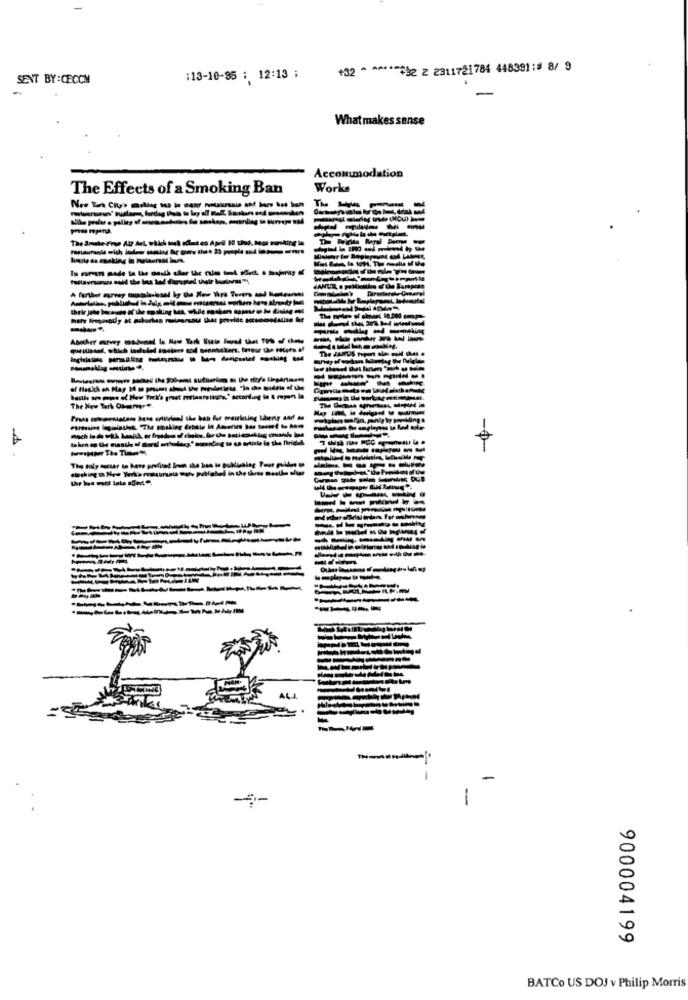
+32 ^ ^ ****** 2 2 2311721784 448391:# 8/ 9
SENT BY:CECCH
:13-10-95 ; 12:13 ;
What makes sense
Accommodation
The Effects of a Smoking Ban
Works
The Smoke Free At? Ant, which book oflect en April 10 thw, Maol porking'in
The JARUS my
----------
----
The New Terk Okeiner".
=
-
900004199
BATCo US DOJ v Philip Morris